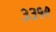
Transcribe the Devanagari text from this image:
३३१९